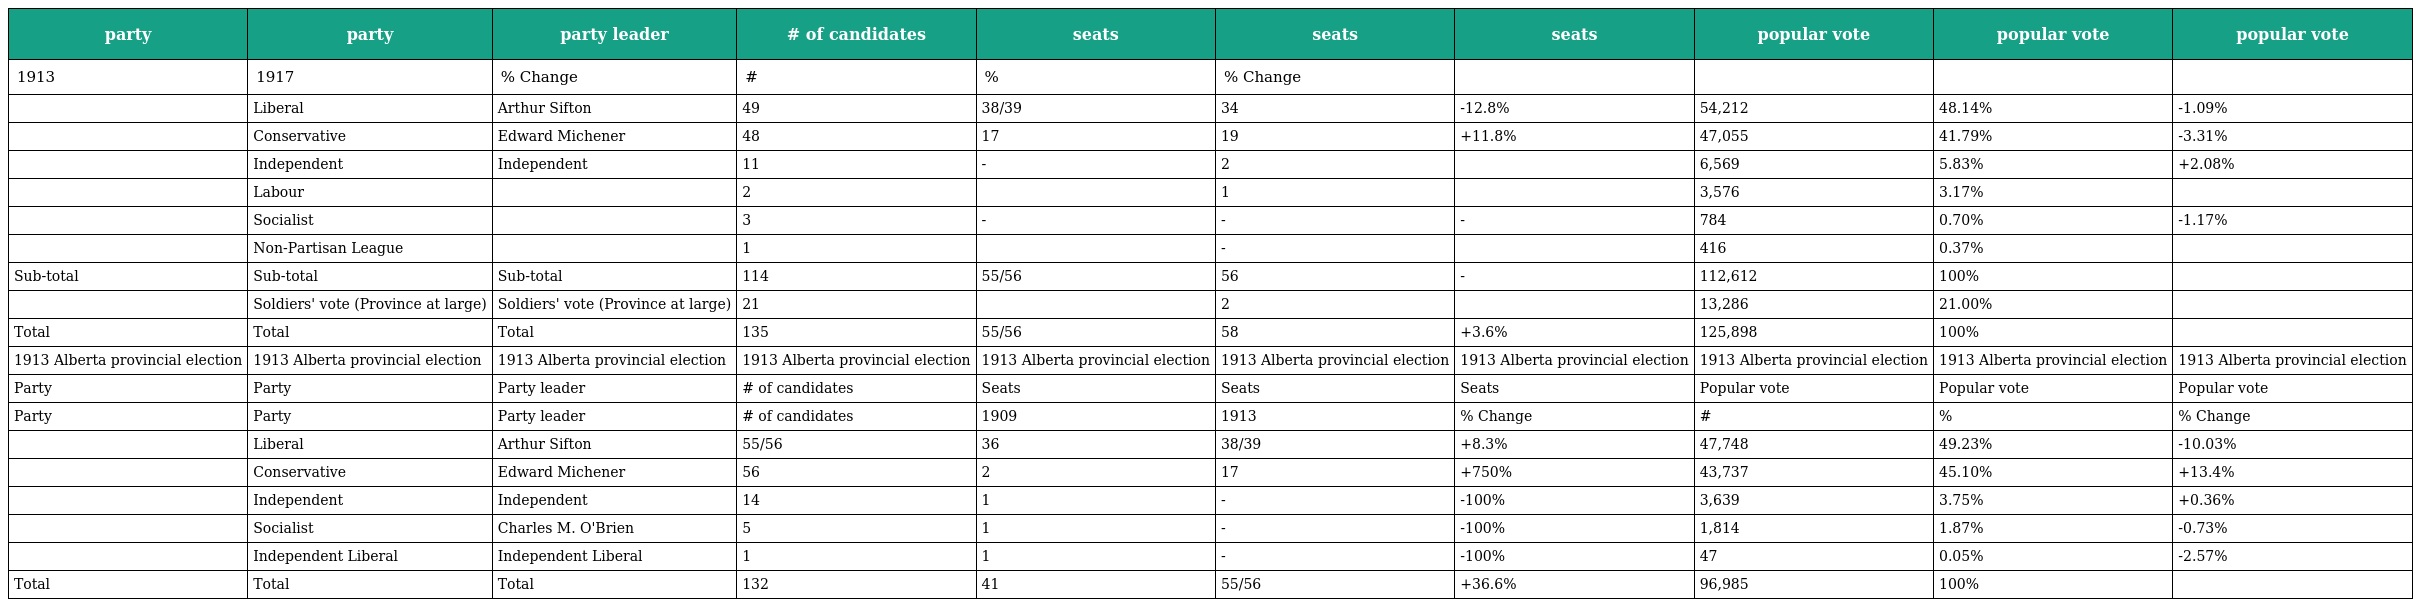
| party | party | party leader | # of candidates | seats | seats | seats | popular vote | popular vote | popular vote |
 | --- | --- | --- | --- | --- | --- | --- | --- | --- | --- |
 | 1913 | 1917 | % Change | # | % | % Change |  |  |  |  |
 |  | Liberal | Arthur Sifton | 49 | 38/39 | 34 | -12.8% | 54,212 | 48.14% | -1.09% |
 |  | Conservative | Edward Michener | 48 | 17 | 19 | +11.8% | 47,055 | 41.79% | -3.31% |
 |  | Independent | Independent | 11 | - | 2 |  | 6,569 | 5.83% | +2.08% |
 |  | Labour |  | 2 |  | 1 |  | 3,576 | 3.17% |  |
 |  | Socialist |  | 3 | - | - | - | 784 | 0.70% | -1.17% |
 |  | Non-Partisan League |  | 1 |  | - |  | 416 | 0.37% |  |
 | Sub-total | Sub-total | Sub-total | 114 | 55/56 | 56 | - | 112,612 | 100% |  |
 |  | Soldiers' vote (Province at large) | Soldiers' vote (Province at large) | 21 |  | 2 |  | 13,286 | 21.00% |  |
 | Total | Total | Total | 135 | 55/56 | 58 | +3.6% | 125,898 | 100% |  |
 | 1913 Alberta provincial election | 1913 Alberta provincial election | 1913 Alberta provincial election | 1913 Alberta provincial election | 1913 Alberta provincial election | 1913 Alberta provincial election | 1913 Alberta provincial election | 1913 Alberta provincial election | 1913 Alberta provincial election | 1913 Alberta provincial election |
 | Party | Party | Party leader | # of candidates | Seats | Seats | Seats | Popular vote | Popular vote | Popular vote |
 | Party | Party | Party leader | # of candidates | 1909 | 1913 | % Change | # | % | % Change |
 |  | Liberal | Arthur Sifton | 55/56 | 36 | 38/39 | +8.3% | 47,748 | 49.23% | -10.03% |
 |  | Conservative | Edward Michener | 56 | 2 | 17 | +750% | 43,737 | 45.10% | +13.4% |
 |  | Independent | Independent | 14 | 1 | - | -100% | 3,639 | 3.75% | +0.36% |
 |  | Socialist | Charles M. O'Brien | 5 | 1 | - | -100% | 1,814 | 1.87% | -0.73% |
 |  | Independent Liberal | Independent Liberal | 1 | 1 | - | -100% | 47 | 0.05% | -2.57% |
 | Total | Total | Total | 132 | 41 | 55/56 | +36.6% | 96,985 | 100% |  |